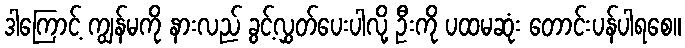
ဒါကြောင့် ကျွန်မကို နားလည် ခွင့်လွှတ်ပေးပါလို့ ဦးကို ပထမဆုံး တောင်းပန်ပါရစေ။